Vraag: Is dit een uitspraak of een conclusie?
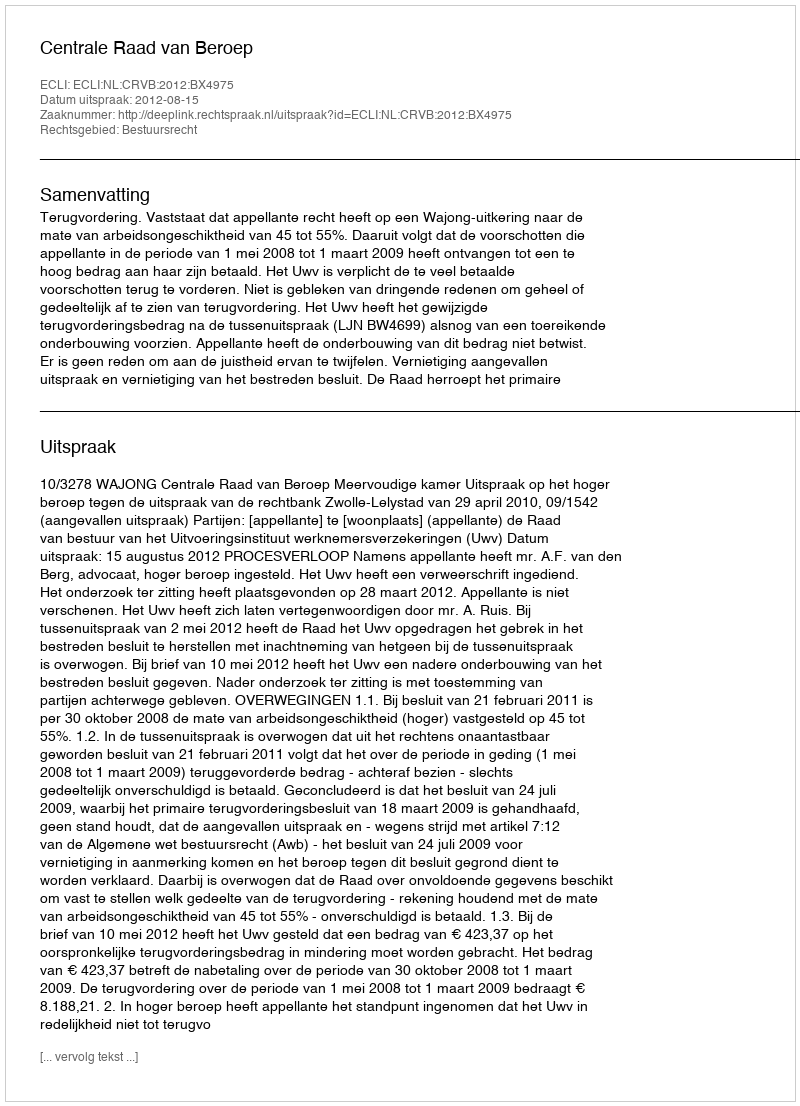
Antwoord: Uitspraak